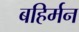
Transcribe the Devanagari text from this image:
बहिर्मन